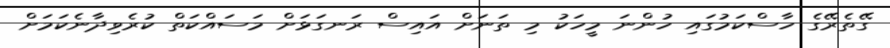
ގޭތެރޭގެ ހާސްކަމުގައި ހުންނަ މީހަކު މި ތަނަށް އައިސް ރަނގަޅަށް މަސައްކަތް ކުރެވިދާނެކަމަށް